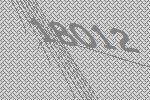
18012